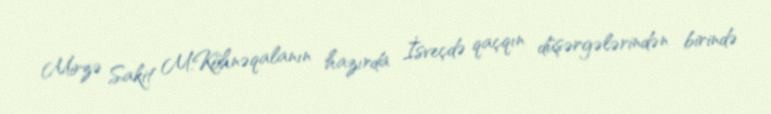
Mirzə Sakit M.Köhnəqalanın hazırda İsveçdə qaçqın düşərgələrindən birində